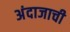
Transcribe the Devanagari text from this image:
अंदाजाची